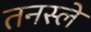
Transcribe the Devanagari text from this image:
तनस्ले